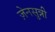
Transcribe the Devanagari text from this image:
ज़ेनसुन्नी